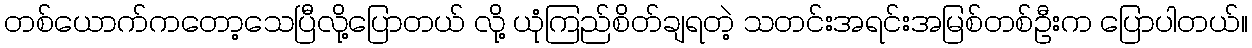
တစ်ယောက်ကတော့သေပြီလို့ပြောတယ် လို့ ယုံကြည်စိတ်ချရတဲ့ သတင်းအရင်းအမြစ်တစ်ဦးက ပြောပါတယ်။